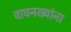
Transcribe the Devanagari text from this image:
वाघनख्यांना